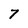
Character: 7